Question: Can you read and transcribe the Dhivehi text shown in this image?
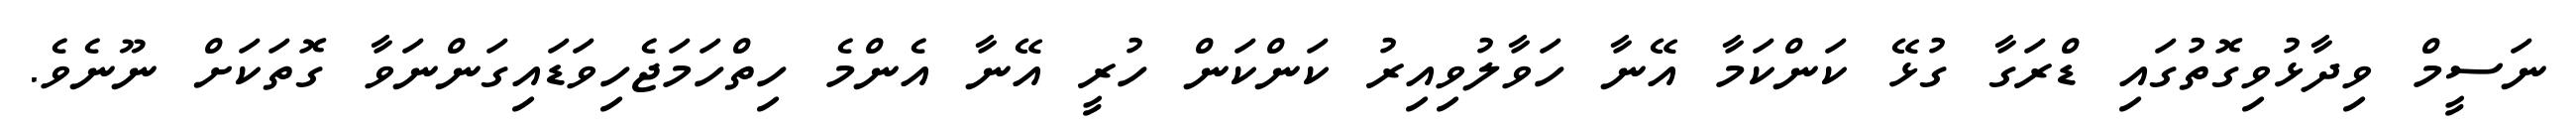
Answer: ނަސީމް ވިދާޅުވިގޮތުގައި ޑްރަގާ ގުޅޭ ކަންކަމާ އޭނާ ހަވާލުވިއިރު ކަންކަން ހުރީ އޭނާ އެންމެ ހިތްހަމަޖެހިވަޑައިގަންނަވާ ގޮތަކަށް ނޫނެވެ.